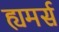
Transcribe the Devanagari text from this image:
ह्यमर्स